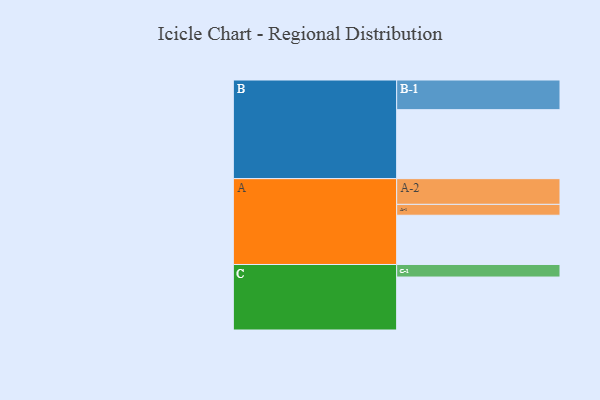
{"axis": {"x": "Segment", "y": "Value"}, "legend": ["", "A", "B", "C"], "data": [{"x": "A", "y": 385, "type": ""}, {"x": "B", "y": 539, "type": ""}, {"x": "C", "y": 414, "type": ""}, {"x": "A-1", "y": 85, "type": "A"}, {"x": "A-2", "y": 201, "type": "A"}, {"x": "B-1", "y": 232, "type": "B"}, {"x": "C-1", "y": 98, "type": "C"}]}